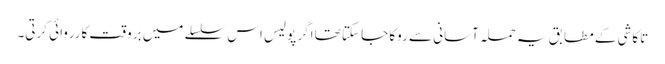
تاکاشی کے مطابق یہ حملہ آسانی سے روکا جا سکتا تھا اگر پولیس اس سلسلے میں بروقت کارروائی کرتی۔